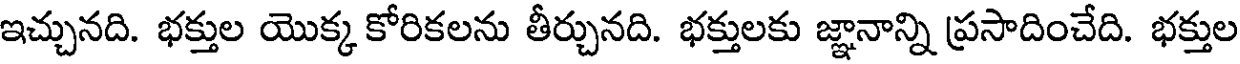
ఇచ్చునది. భక్తుల యొక్క కోరికలను తీర్చునది. భక్తులకు జ్ఞానాన్ని ప్రసాదించేది. భక్తుల